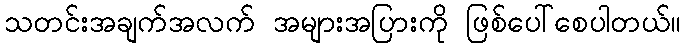
သတင်းအချက်အလက် အများအပြားကို ဖြစ်ပေါ်စေပါတယ်။